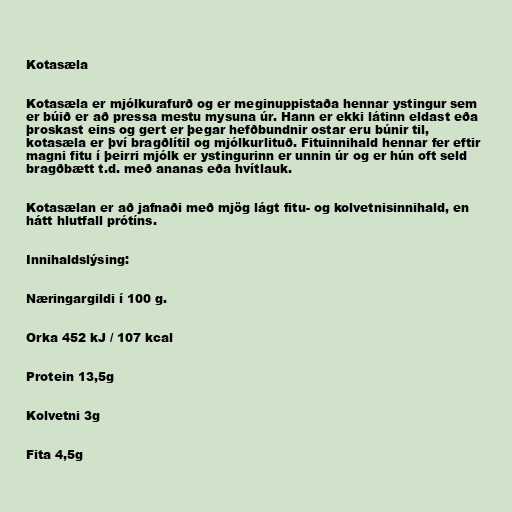
Kotasæla

Kotasæla er mjólkurafurð og er meginuppistaða hennar ystingur sem
er búið er að pressa mestu mysuna úr. Hann er ekki látinn eldast eða
þroskast eins og gert er þegar hefðbundnir ostar eru búnir til,
kotasæla er því bragðlítil og mjólkurlituð. Fituinnihald hennar fer eftir
magni fitu í þeirri mjólk er ystingurinn er unnin úr og er hún oft seld
bragðbætt t.d. með ananas eða hvítlauk.

Kotasælan er að jafnaði með mjög lágt fitu- og kolvetnisinnihald, en
hátt hlutfall prótíns.

Innihaldslýsing:

Næringargildi í 100 g.

Orka 452 kJ / 107 kcal

Protein 13,5g

Kolvetni 3g

Fita 4,5g